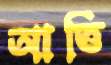
আত্তি